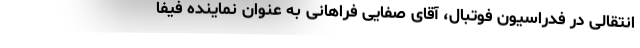
انتقالی در فدراسیون فوتبال، آقای صفایی فراهانی به عنوان نماینده فیفا